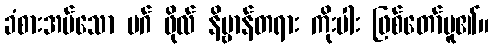
ခံစားအပ်သော မဂ် ဖိုလ် နိဗ္ဗာန်တရား ကိုးပါး ဖြစ်တော်မူ၏။